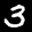
Label: 3